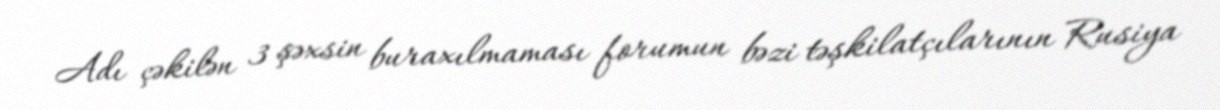
Adı çəkilən 3 şəxsin buraxılmaması forumun bəzi təşkilatçılarının Rusiya